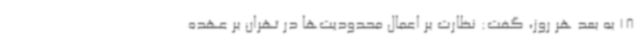
18 به بعد هر روز، گفت: نظارت بر اعمال محدودیت‌ها در تهران بر عهده